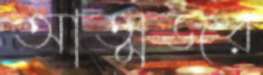
আত্মজর